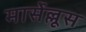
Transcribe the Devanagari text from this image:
मार्सेल्लूस